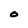
Character: O